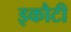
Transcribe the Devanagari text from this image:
इकौटी